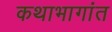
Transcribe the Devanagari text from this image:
कथाभागांत